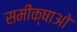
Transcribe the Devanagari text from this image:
समीक्षाओ